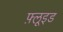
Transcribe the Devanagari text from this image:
फ़्लूइड